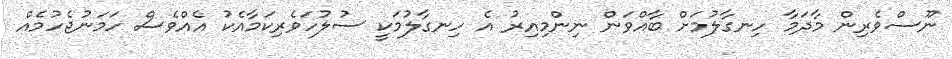
ނޫސްވެރިން މާދަމާ ހިނގާލުމަށް ބާއްވަން ނިންމިއިރު އެ ހިނގާލުމަކީ ސުލުހަވެރިކަމާއެކު އެއްވެސް ހަމަނުޖެހުމެއް